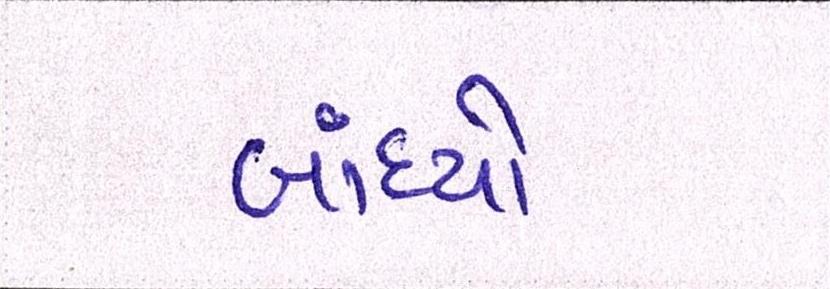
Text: બાંધ્યો